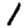
Digit: 1